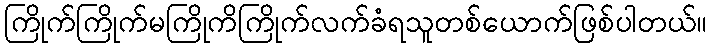
ကြိုက်ကြိုက်မကြိုကိကြိုက်လက်ခံရသူတစ်ယောက်ဖြစ်ပါတယ်။